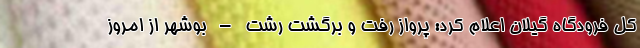
کل فرودگاه گیلان اعلام کرد: پرواز رفت و برگشت رشت – بوشهر از امروز